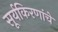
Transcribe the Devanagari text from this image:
सूर्यकिरणांचे